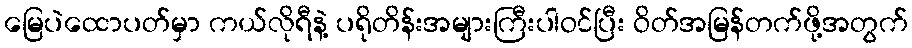
မြေပဲထောပတ်မှာ ကယ်လိုရီနဲ့ ပရိုတိန်းအများကြီးပါဝင်ပြီး ဝိတ်အမြန်တက်ဖို့အတွက်